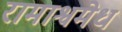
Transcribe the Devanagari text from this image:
रामाश्वमेध